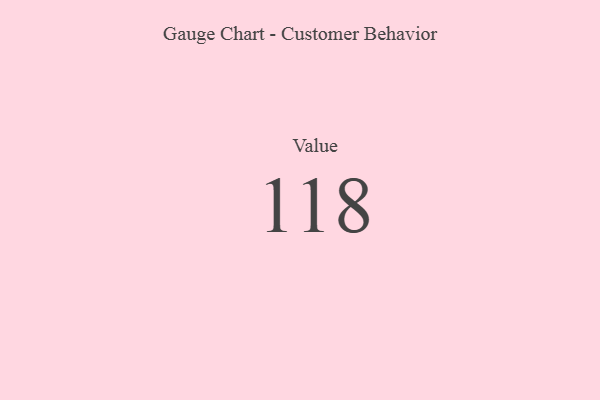
{"axis": {"x": "Metric", "y": "Value"}, "legend": [""], "data": [{"x": "Value", "y": 118, "type": ""}]}